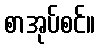
စာအုပ်စင်။